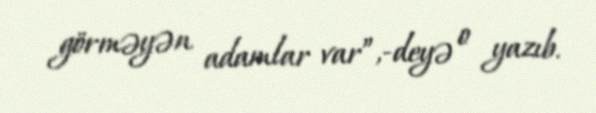
görməyən adamlar var”,-deyə o yazıb.